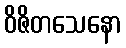
ဝိဇိတသေနော